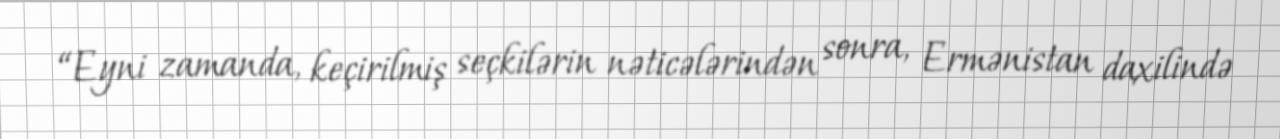
“Eyni zamanda, keçirilmiş seçkilərin nəticələrindən sonra, Ermənistan daxilində